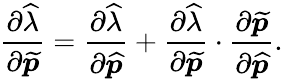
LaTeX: \frac{\partial\widehat{\lambda}}{\partial\widetilde{\boldsymbol{p}}}=\frac{\partial\widehat{\lambda}}{\partial\widehat{\boldsymbol{p}}}+\frac{\partial\widehat{\lambda}}{\partial\widetilde{\boldsymbol{p}}}\cdot\frac{\partial\widetilde{\boldsymbol{p}}}{\partial\widehat{\boldsymbol{p}}}.